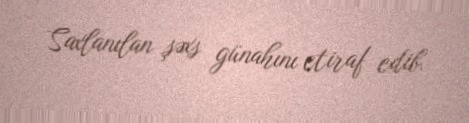
Saxlanılan şəxs günahını etiraf edib.